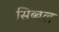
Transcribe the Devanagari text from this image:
सिब्‍बल